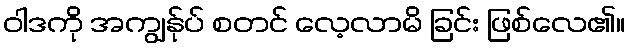
ဝါဒကို အကျွန်ုပ် စတင် လေ့လာမိ ခြင်း ဖြစ်လေ၏။